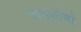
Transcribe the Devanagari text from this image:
समकोणों